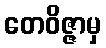
တေဝိဇ္ဇာမှ